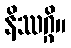
နိဿဂ္ဂိ။